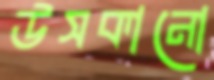
উসকানো